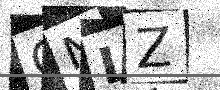
Text: ONLZ